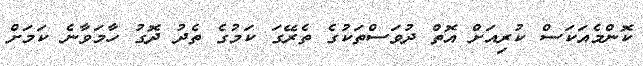
ކޮންމެއަކަސް ކުރިއަށް އޮތް ދުވަސްތަކުގެ ތެރޭގަ ކަމުގެ ތެދު ދޮގު ހާމަވާނެ ކަމަށް